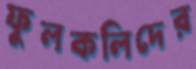
ফুলকলিদের